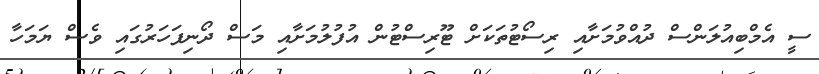
ސީ އެމްބިއުލަންސް ދުއްވުމަށާއި ރިސޯޓުތަކަށް ޓޫރިސްޓުން އުފުލުމަށާއި މަސް ދޯނިފަހަރުގައި ވެސް ޔަމަހާ